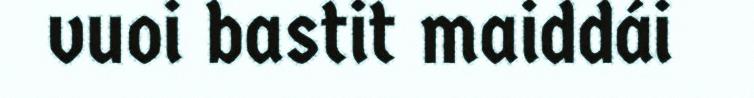
vuoi bastit maiddái